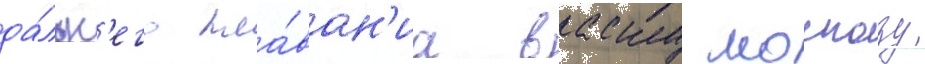
да́льн'его пла́ван'иа васку москозу